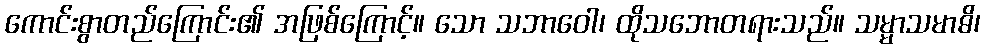
ကောင်းစွာတည်ကြောင်း၏ အဖြစ်ကြောင့်။ သော သဘာဝေါ၊ ထိုသဘောတရားသည်။ သမ္မာသမာဓိ၊